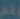
رقم